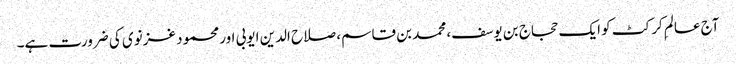
آج عالمِ کرکٹ کو ایک حجاج بن یوسف، محمد بن قاسم، صلاح الدین ایوبی اور محمود غزنوی کی ضرورت ہے۔